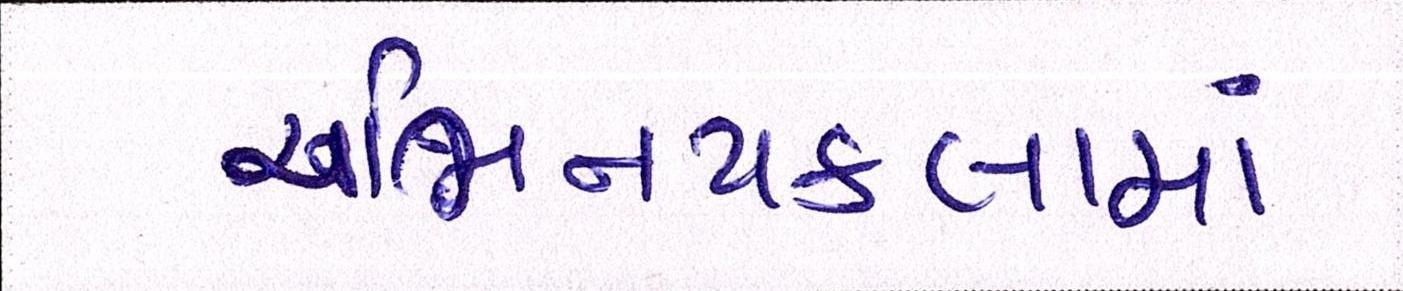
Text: અભિનયકલામાં